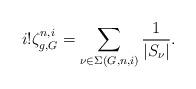
LaTeX: \begin{align*}i! \zeta_{g,G}^{n,i} = \sum_{\nu \in \Sigma(G,n,i)}\frac{1}{| S_{\nu}|} .\end{align*}